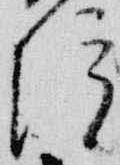
院